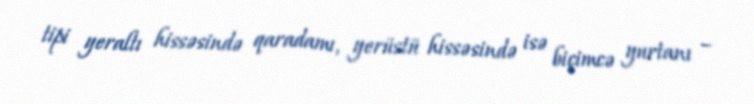
tipi yeraltı hissəsində qaradamı, yerüstü hissəsində isə biçimcə yurtanı –